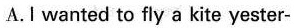
A.I wanted to fly a kite yester-